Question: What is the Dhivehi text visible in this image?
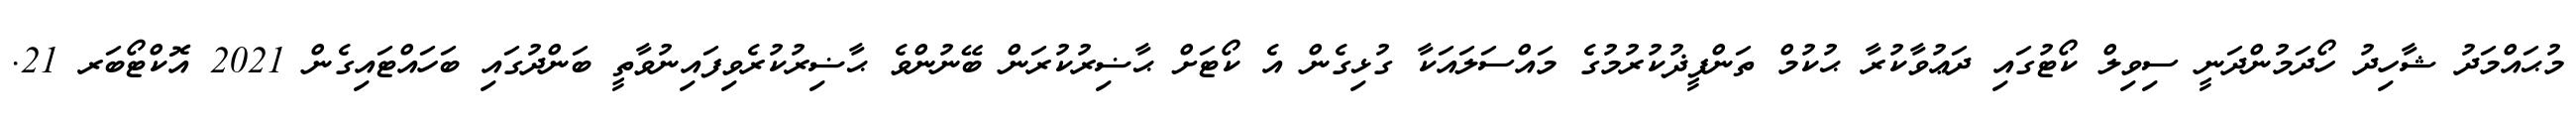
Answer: މުޙައްމަދު ޝާހިދު ހޯދަމުންދަނީ ސިވިލް ކޯޓުގައި ދަޢުވާކުރާ ޙުކުމް ތަންފީޛުކުރުމުގެ މައްސަލައަކާ ގުޅިގެން އެ ކޯޓަށް ޙާޟިރުކުރަން ބޭނުންވެ ޙާޟިރުކުރެވިފައިނުވާތީ ބަންދުގައި ބަހައްޓައިގެން 2021 އޮކްޓޯބަރ 21.